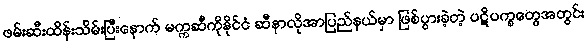
ဖမ်းဆီးထိန်းသိမ်းပြီးနောက် မက္ကဆီကိုနိုင်ငံ ဆီနာလိုအာပြည်နယ်မှာ ဖြစ်ပွားခဲ့တဲ့ ပဋိပက္ခတွေအတွင်း